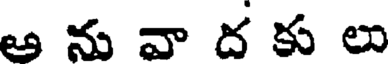
ఆ ను వా ద కు లు